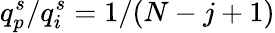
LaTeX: q_{p}^{s}/q_{i}^{s}=1/(N-j+1)